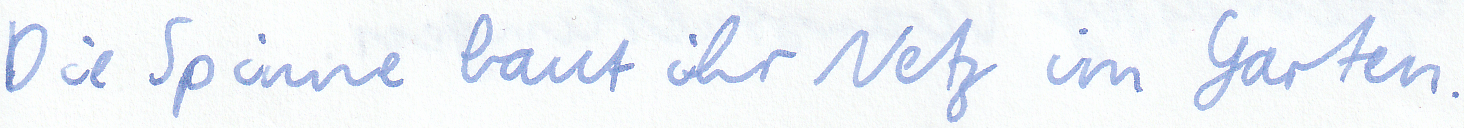
Die Spinne baut ihr Netz im Garten.